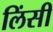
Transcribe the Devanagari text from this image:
लिंसी